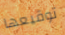
توقيعها